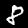
Digit: 8